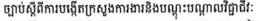
ច្បាប់ស្តីពីការបង្កើតក្រសួងការងារនិងបណ្តូះបណ្តាលវិជ្ជាជីវៈ